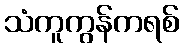
သံကူကွန်ကရစ်